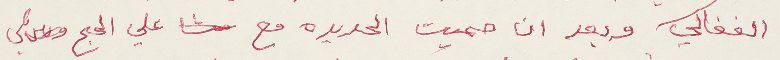
الفغالي وبعد ان حميت الحديده مع  علي الحج قلي